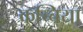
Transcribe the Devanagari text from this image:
कच्चिया